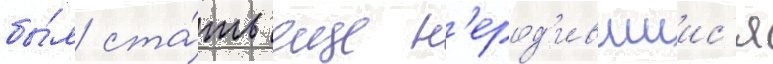
бы́л ста́ть еще н'ерод'ившиис'я